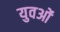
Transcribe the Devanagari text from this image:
युवओं